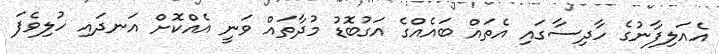
އެއަލިފާނުގެ ހާދިސާގައި އެތައް ބައެއްގެ އަގުބޮޑު މުދާތައް ވަނީ އެއްކޮށް އަނދައި ހުލިވެފަ